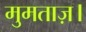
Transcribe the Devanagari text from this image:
मुमताज़।